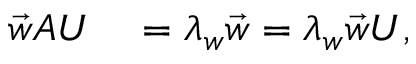
\begin{array} { r l } { \vec { w } A U } & { { } = \lambda _ { w } \vec { w } = \lambda _ { w } \vec { w } U , } \end{array}